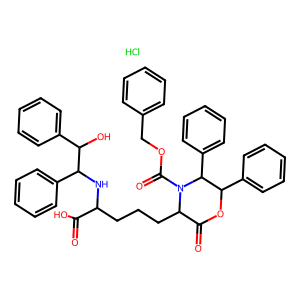
SMILES: Cl.O=C(O)C(CCCC1C(=O)OC(c2ccccc2)C(c2ccccc2)N1C(=O)OCc1ccccc1)NC(c1ccccc1)C(O)c1ccccc1
Inhibits HIV replication: No